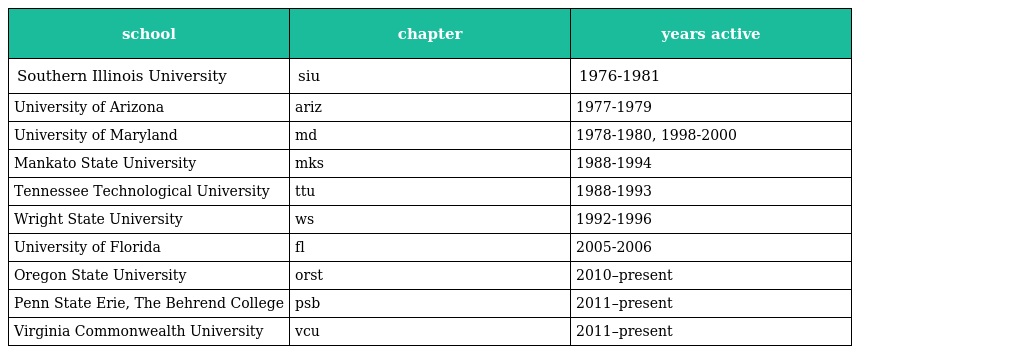
| school | chapter | years active |
 | --- | --- | --- |
 | Southern Illinois University | siu | 1976-1981 |
 | University of Arizona | ariz | 1977-1979 |
 | University of Maryland | md | 1978-1980, 1998-2000 |
 | Mankato State University | mks | 1988-1994 |
 | Tennessee Technological University | ttu | 1988-1993 |
 | Wright State University | ws | 1992-1996 |
 | University of Florida | fl | 2005-2006 |
 | Oregon State University | orst | 2010–present |
 | Penn State Erie, The Behrend College | psb | 2011–present |
 | Virginia Commonwealth University | vcu | 2011–present |